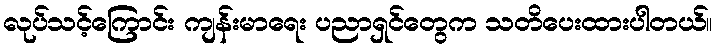
လုပ်သင့်ကြောင်း ကျန်းမာရေး ပညာရှင်တွေက သတိပေးထားပါတယ်။